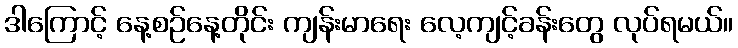
ဒါကြောင့် နေ့စဉ်နေ့တိုင်း ကျန်းမာရေး လေ့ကျင့်ခန်းတွေ လုပ်ရမယ်။